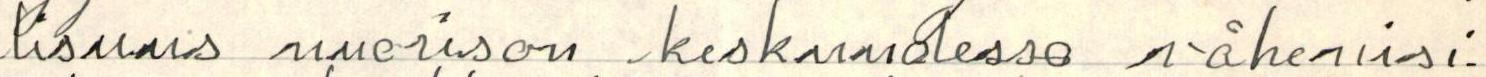
lisuus nuorison keskuudessa vähenisi.